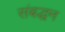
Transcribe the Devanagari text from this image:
संबद्धन